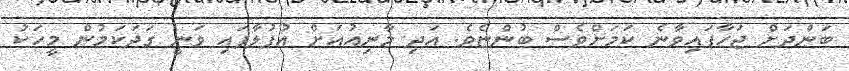
ބަންދަށް ޖަހާފައިވާނެ ކަމަށްވެސް ބުންޏެވެ. އަދި މާނިއުއަށް އުފުލާފައި ވަނީ ގަދަކަމުން މީހަކު